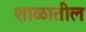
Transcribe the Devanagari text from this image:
शाळातील